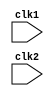
// Code for design of RISC Processor in Verilog HDL
//Contains 5-stages : Instruction Fetch, Instruction Decoding, Execution, Memory Accessing and Write Back
//Used different clocks for alternate stages to avoid data corruption errors
//Contains 2-flag registers, 32 - General Purpose Registers of which 1st register is default to zero
//Each instruction is 32-bit wide and 1k such instructions can be stored in program memory

module RISC_32(clk1,clk2);
	input clk1,clk2;
	
  //Signals for each stage associated with latches between them
	reg [31:0] IF_ID_IR,PC,IF_ID_NPC;
	reg [31:0] ID_EX_A,ID_EX_B,ID_EX_NPC,ID_EX_IR,ID_EX_Imm;
	reg [2:0] ID_EX_type,EX_MEM_type,MEM_WB_type;
	reg [31:0] EX_MEM_IR,EX_MEM_ALUout,EX_MEM_B,EX_MEM_cond;
	reg [31:0] MEM_WB_ALUout,MEM_WB_IR,MEM_WB_LMD;
	
  reg [31:0] Reg [0:31];         //Register Bank
  reg [31:0] Mem [0:1023];       //Program Memory
	
   //R-type instructions
	parameter ADD=6'b000000, SUB=6'b000001, AND=6'b000010, OR=6'b000011, SLT=6'b000100, MUL=6'b000101, HLT=6'b111111;
  
  //S-type,I-type and B-type instructions
	parameter LW=6'b001000, SW=6'b001001, ADDI=6'b001010, SUBI=6'b001011, SLTI=6'b001100, BNEQZ=6'b001101, BEQZ=6'b001110;
	
  //parameter to define the type of instruction
	parameter RR_ALU=3'b000, RM_ALU=3'b001, LOAD=3'b010, STORE=3'b011, BRANCH=3'b100, HALT=3'b101;
	
	reg HALTED, TAKEN_BRANCH;   //Flag registrs for halt and branch
	
    always@(posedge clk1)           // IF-Intruction Fetch Stage
		begin
            if(HALTED==0)            //Check if halt flag is not active
				begin
					if(((EX_MEM_IR[31:26]==BEQZ) && (EX_MEM_cond==1)) || ((EX_MEM_IR[31:26]==BNEQZ) && (EX_MEM_cond==0))) //Check if branch is taken
						begin
              IF_ID_IR <= #2 Mem[EX_MEM_ALUout];  //Load branch address
							TAKEN_BRANCH <= #2 1'b1;            //Activate branch flag high
							IF_ID_NPC <= #2 EX_MEM_ALUout+1;   //Update program counter
							PC <= #2 EX_MEM_ALUout+1;
						end
					else
						begin
              IF_ID_IR <= #2 Mem[PC];   //Load next instruction address
							IF_ID_NPC <= #2 PC+1;    //Update program counter
							PC <= #2 PC+1;
						end
				end
		end
	
    always@(posedge clk2)           //ID-Instruction Decoding Stage
		begin
      if(HALTED==0)         //Check if halt flag is inactive
				begin
					ID_EX_IR <= #2 IF_ID_IR;
					ID_EX_NPC <= #2 IF_ID_NPC;
          if(IF_ID_IR[25:21]==5'b00000) ID_EX_A <= 0;        //Decoding source register1 
					else ID_EX_A <= #2 Reg[IF_ID_IR[25:21]];
					
          if(IF_ID_IR[20:16]==5'b00000) ID_EX_B <= 0;       //Decoding source register2
					else ID_EX_B <= #2 Reg[IF_ID_IR[20:16]];
					
          ID_EX_Imm <= #2 {{16{IF_ID_IR[15]}},{IF_ID_IR[15:0]}};   //Decoding Immediate Value
			
          case(IF_ID_IR[31:26])                                 //Decoding type of instruction for ALU
						ADD,SUB,AND,OR,SLT,MUL: ID_EX_type <= #2 RR_ALU;
						ADDI,SUBI,SLTI: ID_EX_type <= #2 RM_ALU;
						BEQZ,BNEQZ: ID_EX_type <= #2 BRANCH;
						LW: ID_EX_type <= #2 LOAD;
						SW: ID_EX_type <= #2 STORE;
						HLT: ID_EX_type <= #2 HALT;
						default: ID_EX_type <= #2 HALT;
					endcase
				end
		end
	
    always@(posedge clk1)           //EX-Execution Stage
      if(HALTED==0)        //Check if halt flag is inactive
			begin
				EX_MEM_type <= #2 ID_EX_type;
				EX_MEM_IR <= #2 ID_EX_IR;
				TAKEN_BRANCH <= #2 1'b0;  //Deactivating Branch taken flag
				
        case(ID_EX_type)                        //Implementing ALU operation on operands
					  RR_ALU:begin            //Register-Register Type
						case(ID_EX_IR[31:26])
							ADD:EX_MEM_ALUout <= #2 ID_EX_A + ID_EX_B; 
							SUB:EX_MEM_ALUout <= #2 ID_EX_A - ID_EX_B;
							OR:EX_MEM_ALUout <= #2 ID_EX_A | ID_EX_B;
							AND:EX_MEM_ALUout <= #2 ID_EX_A & ID_EX_B;
							MUL:EX_MEM_ALUout <= #2 ID_EX_A * ID_EX_B;
							SLT:EX_MEM_ALUout <= #2 ID_EX_A < ID_EX_B;
							default:EX_MEM_ALUout <= #2 32'hxxxxxxxx;
						endcase
					end
					RM_ALU:begin            //Register-Immediate type
						case(ID_EX_IR[31:26])
							ADDI:EX_MEM_ALUout <= #2 ID_EX_A + ID_EX_Imm;
							SUBI:EX_MEM_ALUout <= #2 ID_EX_A - ID_EX_Imm;
							SLTI:EX_MEM_ALUout <= #2 ID_EX_A < ID_EX_Imm;
							default:EX_MEM_ALUout <= #2 32'hxxxxxxxx;
						endcase
					end
					BRANCH:begin            //Branch Type
							EX_MEM_ALUout <= #2 ID_EX_NPC + ID_EX_Imm;
							EX_MEM_cond <= #2 (ID_EX_A==0);
						end
					LOAD,STORE:begin       //Load or Store
							EX_MEM_ALUout <= #2 ID_EX_A + ID_EX_Imm;
							EX_MEM_B <= #2 ID_EX_B;
						end
				endcase
			end
			
  always@(posedge clk2)             //MEM - Memory accesing Stage
    if(HALTED==0)     //Check if halt flag is inactive
			begin
				MEM_WB_IR <= #2 EX_MEM_IR;
				MEM_WB_type <= #2 EX_MEM_type;
				case(EX_MEM_type)
					RR_ALU,RM_ALU: MEM_WB_ALUout <= #2 EX_MEM_ALUout;  
          LOAD: MEM_WB_LMD <= #2 Mem[EX_MEM_ALUout];                    //Loading from memory
          STORE:if(TAKEN_BRANCH==0) Mem[EX_MEM_ALUout] <= #2 EX_MEM_B;  //Storing into memory
				endcase
			end
	
  always@(posedge clk1)             //WB-Write Back Stage
    if(TAKEN_BRANCH==0)       //Check if halt flag is inactive
			begin
				case(MEM_WB_type)
          RR_ALU: Reg[MEM_WB_IR[15:11]] <= #2 MEM_WB_ALUout;      //Stroing ALU results into destination registers
					RM_ALU: Reg[MEM_WB_IR[20:16]] <= #2 MEM_WB_ALUout;
					LOAD: Reg[MEM_WB_IR[20:16]] <= #2 MEM_WB_LMD;
					HALT: HALTED <= #2 1'b1;
				endcase
			end
endmodule